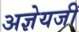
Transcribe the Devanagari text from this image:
अज्ञेयजी